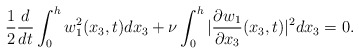
\begin{align*}\frac{1}{2}\frac{d}{dt}\int_{0}^{h}w_1^2(x_3,t)dx_3+\nu \int_{0}^h|\frac{\partial w_1}{\partial x_3}(x_3,t)|^2dx_3=0.\end{align*}